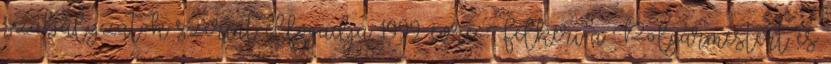
szabályzatok szerint elfogadja 1999. évre. Felkéri a Polgármestert és